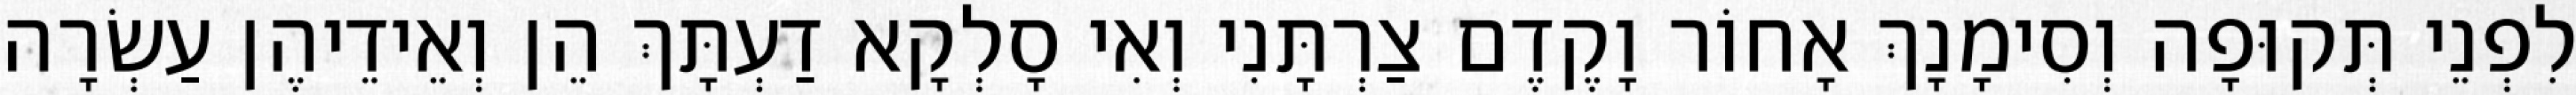
לִפְנֵי תְּקוּפָה וְסִימָנָךְ אָחוֹר וָקֶדֶם צַרְתָּנִי וְאִי סָלְקָא דַעְתָּךְ הֵן וְאֵידֵיהֶן עַשְׂרָה